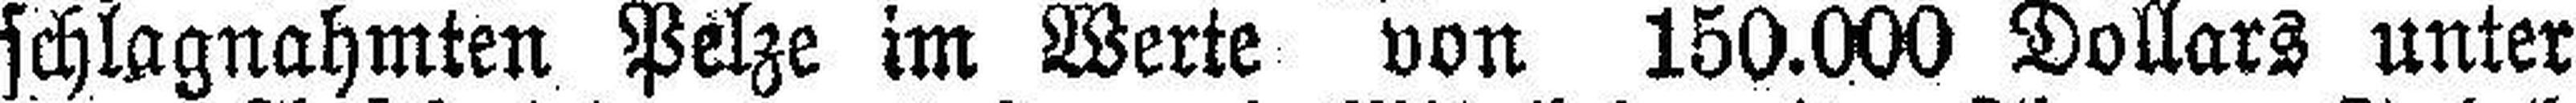
schlagnahmten Pelze im Werte von 150.000 Dollars unter